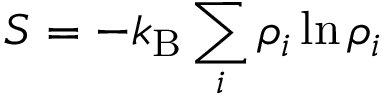
S = - k _ { \mathrm { B } } \sum _ { i } \rho _ { i } \ln \rho _ { i }